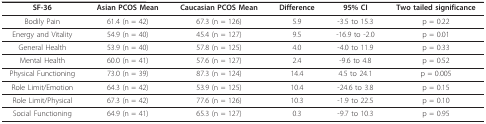
<table><thead><tr><td><b>SF-36</b></td><td><b>Asian PCOS Mean</b></td><td><b>Caucasian PCOS Mean</b></td><td><b>Difference</b></td><td><b>95% CI</b></td><td><b>Two tailed significance</b></td></tr></thead><tbody><tr><td>Bodily Pain</td><td>61.4 (n = 42)</td><td>67.3 (n = 126)</td><td>5.9</td><td>-3.5 to 15.3</td><td>p = 0.22</td></tr><tr><td>Energy and Vitality</td><td>54.9 (n = 40)</td><td>45.4 (n = 127)</td><td>9.5</td><td>-16.9 to -2.0</td><td>p = 0.01</td></tr><tr><td>General Health</td><td>53.9 (n = 40)</td><td>57.8 (n = 125)</td><td>4.0</td><td>-4.0 to 11.9</td><td>p = 0.33</td></tr><tr><td>Mental Health</td><td>60.0 (n = 41)</td><td>57.6 (n = 127)</td><td>2.4</td><td>-9.6 to 4.8</td><td>p = 0.52</td></tr><tr><td>Physical Functioning</td><td>73.0 (n = 39)</td><td>87.3 (n = 124)</td><td>14.4</td><td>4.5 to 24.1</td><td>p = 0.005</td></tr><tr><td>Role Limit/Emotion</td><td>64.3 (n = 42)</td><td>53.9 (n = 125)</td><td>10.4</td><td>-24.6 to 3.8</td><td>p = 0.15</td></tr><tr><td>Role Limit/Physical</td><td>67.3 (n = 42)</td><td>77.6 (n = 126)</td><td>10.3</td><td>-1.9 to 22.5</td><td>p = 0.10</td></tr><tr><td>Social Functioning</td><td>64.9 (n = 41)</td><td>65.3 (n = 127)</td><td>0.3</td><td>-9.7 to 10.3</td><td>p = 0.95</td></tr></tbody></table>